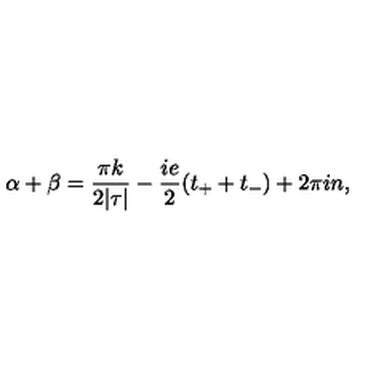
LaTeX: \alpha + \beta = \frac { \pi k } { 2 | \tau | } - \frac { i e } { 2 } ( t _ { + } + t _ { - } ) + 2 \pi i n ,